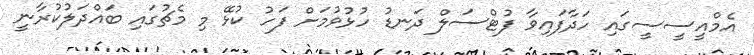
އެމްއީސީސީގައި ހަދާފައިވާ ފުޓްސަލް ދަނޑު ހުޅުވުމަށް ފަހު ކުޅޭ މި މެޗުގައި ބައްދަލުކުރާނީ